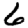
Digit: 6